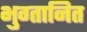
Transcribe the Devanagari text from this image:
भुग्तानित